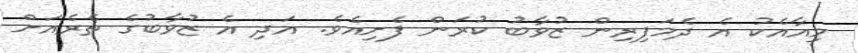
މިއާއެކު އެ ދެމަފިރިން ޒުވާބު ކުރަން ފެށިއެވެ. އަދި އެ ޒުވާބުގެ ތެރެއަށް